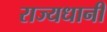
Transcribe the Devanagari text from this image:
राज्यधानी